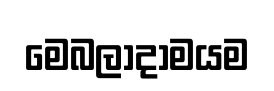
මෙබලාදාමයම